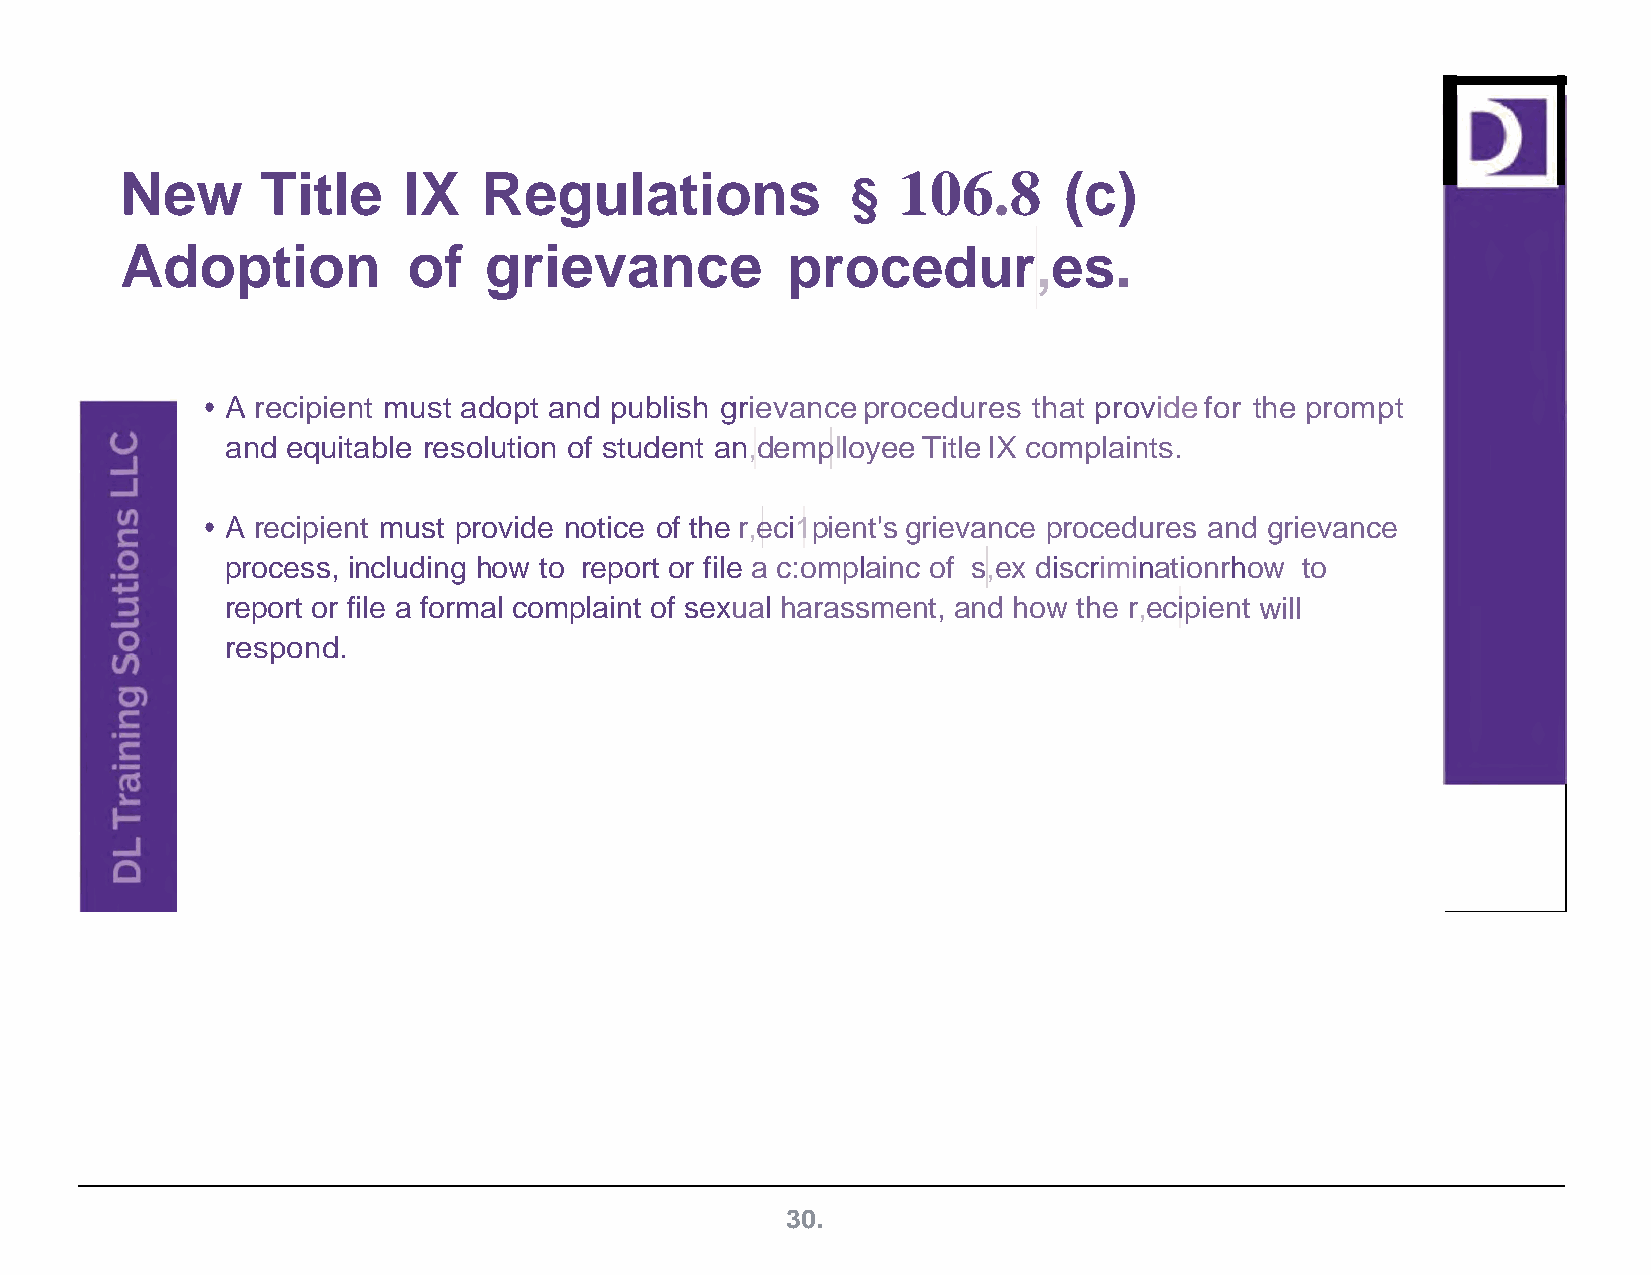
New      Title     IX   Regulations             §  106.8      (c)
 Adoption           of   grievance           procedur,es.
 • A recipient must adopt and publish grievance procedures that provide for the prompt
 and equitable resolution of student an,demplloyee Title IX complaints.
 • A recipient must provide notice of the r,eci1pient's grievance procedures and grievance
 process, including how to report or file a c:omplainc of s,ex discriminationrhow to
 report or file a formal complaint of sexual harassment, and how the r,ecipient will
 respond.
 30.